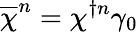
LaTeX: \overline{{{\chi}}}^{n}=\chi^{\dagger n}\gamma_{0}